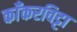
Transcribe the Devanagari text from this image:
काँकरविट्टा